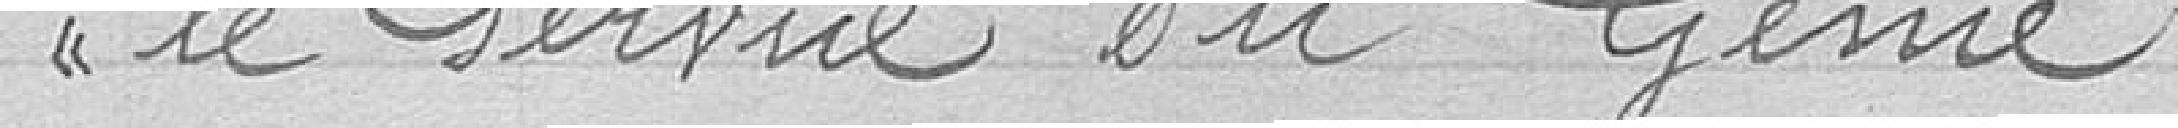
le Service du Génie